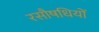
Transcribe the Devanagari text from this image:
रसौषधियों